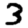
Digit: 3